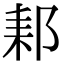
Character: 𨛙